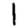
Digit: 1